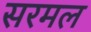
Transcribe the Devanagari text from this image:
सरमल